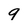
Character: 9